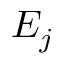
E _ { j }